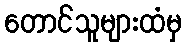
တောင်သူများထံမှ